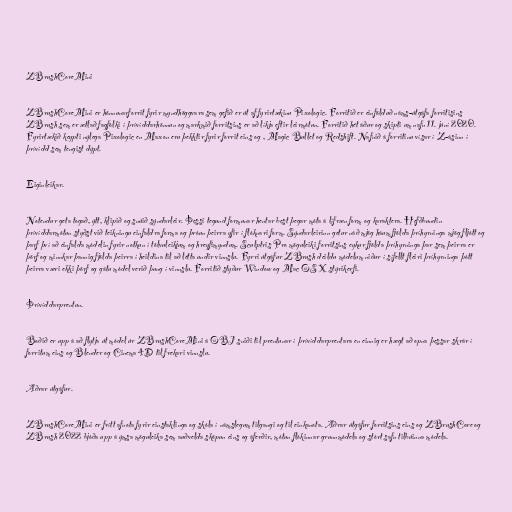
ZBrushCoreMini

ZBrushCoreMini er hönnunarforrit fyrir myndhöggvara sem gefið er út af fyrirtækinu Pixologic. Forritið er einfölduð náms-útgáfa forritisins
ZBrush sem er ætlað fagfólki í þrívíddarhönnun og markmið forritsins er að líkja eftir leirmótun. Forritið hét áður og skipti um nafn 11. júní 2020.
Fyrirtækið keypti nýlega Pixologic en Maxon eru þekktir fyrir forrit eins og , Magic Bullet og Redshift. Nafnið á forritinu vísar í Z-ásinn í
þrívídd sem tengist dýpt.

Eiginleikar.

Notendur geta togað, ýtt, klipið og snúið sýndarleir. Þessi tegund formunar hentar best þegar móta á lífræn form og karaktera. Hefðbundin
þrívíddarmótun styðst við teikningu einfaldra forma og þróun þeirra yfir í flóknari form. Sýndarleirinn getur náð mjög háum fjölda þríhyrninga mjög fljótt og
þarf því að einfalda módelin fyrir notkun í tölvuleikjum og hreyfimyndum. Sculptris Pro möguleiki forritsins eykur fjölda þríhyrninga þar sem þeirra er
þörf og minnkar þannig fjölda þeirra í heildina til að létta undir vinnslu. Fyrri útgáfur ZBrush deildu módelum niður í sífellt fleiri þríhyrninga þótt
þeirra væri ekki þörf og gátu módel verið þung í vinnslu. Forritið styður Window og Mac OS X stýrikerfi.

Þrívíddarprentun.

Boðið er upp á að flytja út módel úr ZBrushCoreMini á OBJ sniði til prentunar í þrívíddarprentara en einnig er hægt að opna þessar skrár í
forritum eins og Blender og Cinema 4D til frekari vinnslu.

Aðrar útgáfur.

ZBrushCoreMini er frítt afnota fyrir einstaklinga og skóla í námslegum tilgangi og til einkanota. Aðrar útgáfur forritsins eins og ZBrushCore og
ZBrush 2022 bjóða upp á ýmsa möguleika sem auðvelda sköpun eins og áferðir, mótun flókinnar grunnmódela og stórt safn tilbúinna módela.